Report of the Indian Hemp Drugs Commission, 1894-1895 - Volume I
Year: 1894
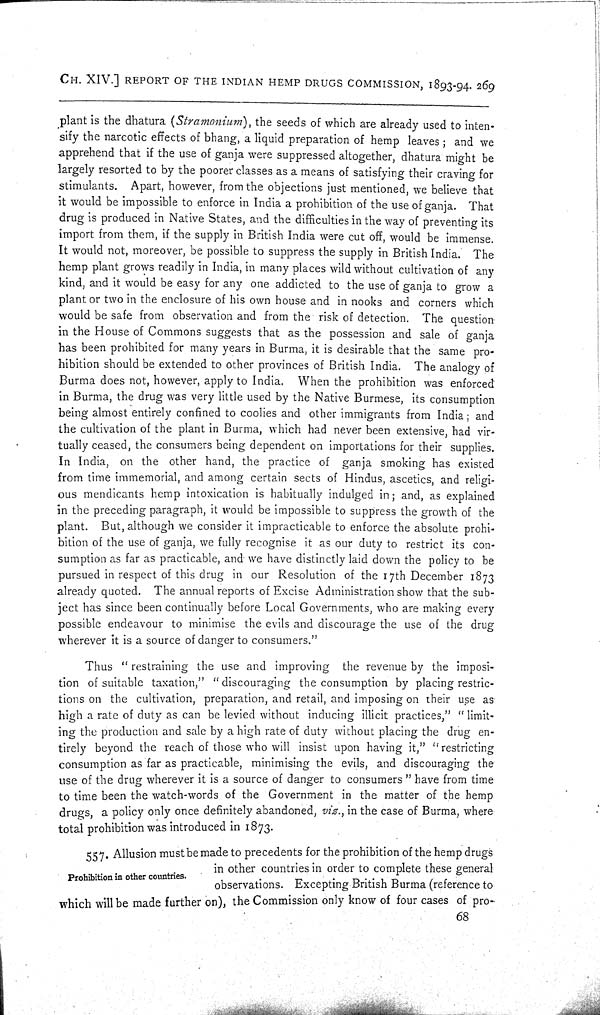
CH. XIV.] REPORT OF THE INDIAN HEMP DRUGS COMMISSION, 1893-94. 269
plant is the dhatura (Stramonium), the seeds of which are already used to inten-
sify the narcotic effects of bhang, a liquid preparation of hemp leaves; and we
apprehend that if the use of ganja were suppressed altogether, dhatura might be
largely resorted to by the poorer classes as a means of satisfying their craving for
stimulants. Apart, however, from the objections just mentioned, we believe that
it would be impossible to enforce in India a prohibition of the use of ganja. That
drug is produced in Native States, and the difficulties in the way of preventing its
import from them, if the supply in British India were cut off, would be immense.
It would not, moreover, be possible to suppress the supply in British India. The
hemp plant grows readily in India, in many places wild without cultivation of any
kind, and it would be easy for any one addicted to the use of ganja to grow a
plant or two in the enclosure of his own house and in nooks and corners which
would be safe from observation and from the risk of detection. The question
in the House of Commons suggests that as the possession and sale of ganja
has been prohibited for many years in Burma, it is desirable that the same pro-
hibition should be extended to other provinces of British India. The analogy of
Burma does not, however, apply to India. When the prohibition was enforced
in Burma, the drug was very little used by the Native Burmese, its consumption
being almost entirely confined to coolies and other immigrants from India; and
the cultivation of the plant in Burma, which had never been extensive, had vir-
tually ceased, the consumers being dependent on importations for their supplies.
In India, on the other hand, the practice of ganja smoking has existed
from time immemorial, and among certain sects of Hindus, ascetics, and religi-
ous mendicants hemp intoxication is habitually indulged in; and, as explained
in the preceding paragraph, it would be impossible to suppress the growth of the
plant. But, although we consider it impracticable to enforce the absolute prohi-
bition of the use of ganja, we fully recognise it as our duty to restrict its con-
sumption as far as practicable, and we have distinctly laid down the policy to be
pursued in respect of this drug in our Resolution of the 17th December 1873
already quoted. The annual reports of Excise Administration show that the sub-
ject has since been continually before Local Governments, who are making every
possible endeavour to minimise the evils and discourage the use of the drug
wherever it is a source of danger to consumers."
Thus "restraining the use and improving the revenue by the imposi-
tion of suitable taxation," "discouraging the consumption by placing restric-
tions on the cultivation, preparation, and retail, and imposing on their use as
high a rate of duty as can be levied without inducing illicit practices," "limit-
ing the production and sale by a high rate of duty without placing the drug en-
tirely beyond the reach of those who will insist upon having it," "restricting
consumption as far as practicable, minimising the evils, and discouraging the
use of the drug wherever it is a source of danger to consumers" have from time
to time been the watch-words of the Government in the matter of the hemp
drugs, a policy only once definitely abandoned, viz., in the case of Burma, where
total prohibition was introduced in 1873.
Prohibition in other countries.
557. Allusion must be made to precedents for the prohibition of the hemp drugs
in other countries in order to complete these general
observations. Excepting British Burma (reference to
which will be made further on), the Commission only know of four cases of pro-
68